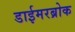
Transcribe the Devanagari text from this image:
डाईमरब्रोक